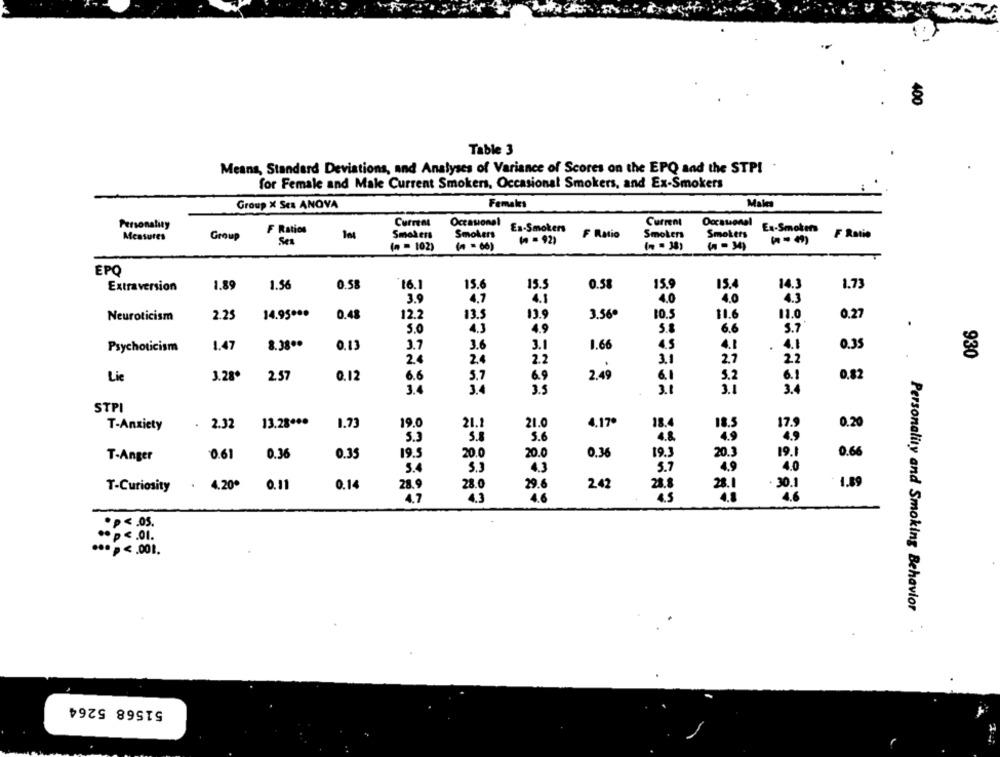
400
Table 3
Means, Standard Deviations, and Analyses of Variance of Scores on the EPQ and the STPI .
for Female and Male Current Smokers, Occasional Smokers, and Ex-Smokers
Group X Ses ANOVA
Femakes
Males
Personality
Current
Occasional
Current
Occasional
Ex-Smokers
F Ratios
Smokers
Smokers
Es-Smokers
F Ratio
Smokers
Smokers
F Ratio
Measures
Group
Ses
(n = 102)
( =66)
(n = 38)
EPO
Extraversion
1.89
1.56
0.58
16.1
15.5
0.58
14.3
1.73
15.
3.9
4.7
4.1
40
4.3
Neuroticism
2.25
14.95000
0.48
12.2
13.5
13.9
3.560
10.5
11.6
11.0
0.27
5.0
4.3
4.9
5.8
6.6
3.7
Psychoticism
1.47
8.38 **
0.13
3.7
3.6
3.1
1.66
4.1
4.1
0.35
930
2.4
2.4
2.2
3.1
2.7
2.2
Lie
3.28*
2,57
0.12
6.6
5.7
6.9
2.49
6.1
5.2
6.1
0.82
34
3.3
3.1
3.4
STPI
. 2.32
13.28 ***
1.73
19.0
21.0
4.17º
0.20
T-Anxiety
21.1
18.4
17.9
5.6
4.8
0.61
0.36
0.35
19.5
20.0
20.0
0.36
19.3
20.3
19.
0.66
T-Anger
5.3
4.3
5.7
4.9
4.20ª
2.42
1.89
T-Curiosity
0.11
0.14
28.
28.0
29.6
28.
28.1
30.1
4.7
4.3
4.6
.. p <. 01.
...<. 001.
Personality and Smoking Behavior
51568 5264